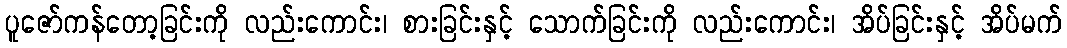
ပူဇော်ကန်တော့ခြင်းကို လည်းကောင်း၊ စားခြင်းနှင့် သောက်ခြင်းကို လည်းကောင်း၊ အိပ်ခြင်းနှင့် အိပ်မက်